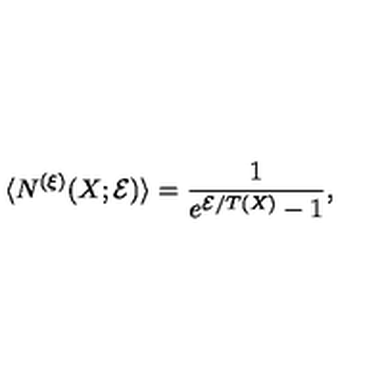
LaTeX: \langle N ^ { ( \xi ) } ( X ; { \cal E } ) \rangle = \frac { 1 } { e ^ { { \cal E } / T ( X ) } - 1 } ,